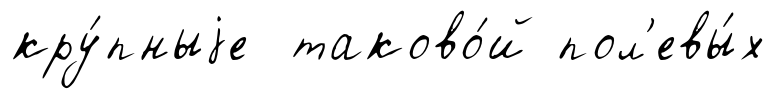
кру́пныjе таково́й пол'евы́х